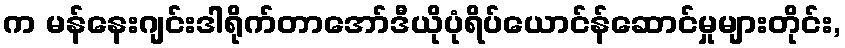
က မန်နေးဂျင်းဒါရိုက်တာအော်ဒီယိုပုံရိပ်ယောင်န်ဆောင်မှုများတိုင်း,